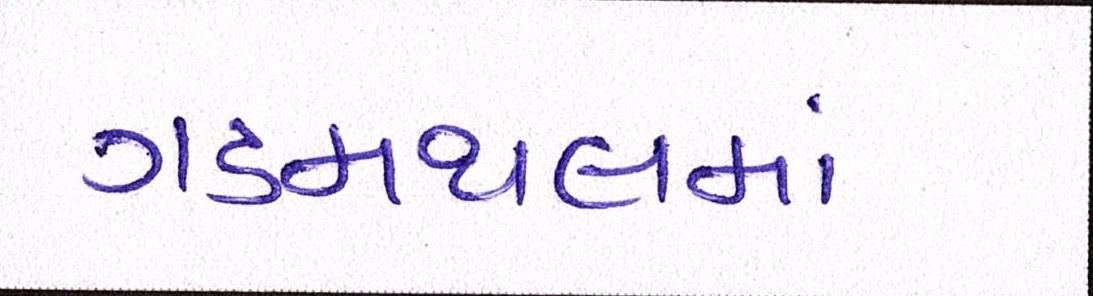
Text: ગડમથલમાં